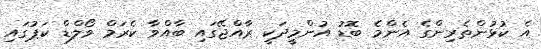
އެ ކުޅުންތެރިންގެ އެންމެ ބޮޑު އުންމީދަކީ ރާއްޖޭގައި ބާއްވާ ކެރަމް ވޯލްޑް ކަޕުގައި